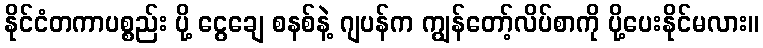
နိုင်ငံတကာပစ္စည်း ပို့ ငွေချေ စနစ်နဲ့ ဂျပန်က ကျွန်တော့်လိပ်စာကို ပို့ပေးနိုင်မလား။